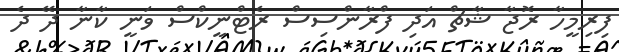
ފިރިމީހާ ރޮޖާ ޝާޗް އަދި ފްރާންސިސް ރެޓްނީކްސް ވަނީ ކާނާ ދޭ ދެ